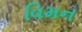
વિમન